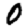
Digit: 0